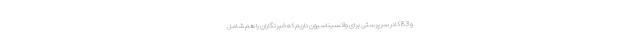
و 83 کادر سرپرستی برای واکسیناسیون داریم که خبرنگاران را هم شامل